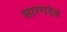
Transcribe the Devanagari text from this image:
सारगदेव